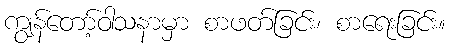
ကျွန်တော့်ဝါသနာမှာ စာဖတ်ခြင်း၊ စာရေးခြင်း။